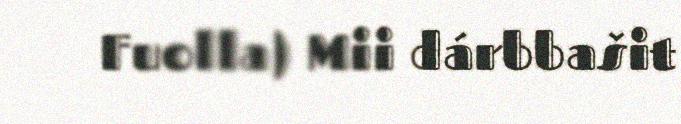
Fuolla) Mii dárbbašit